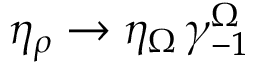
\eta _ { \rho } \rightarrow \eta _ { \Omega } \, \gamma _ { - 1 } ^ { \Omega }